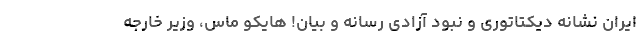
ایران نشانه دیکتاتوری و نبود آزادی رسانه و بیان! هایکو ماس، وزیر خارجه